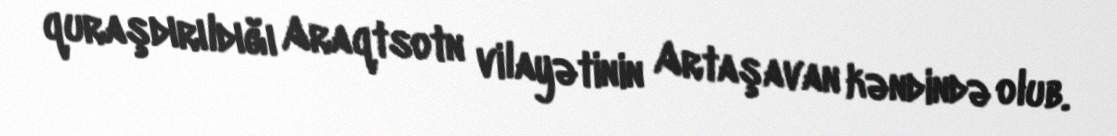
quraşdırıldığı Araqtsotn vilayətinin Artaşavan kəndində olub.